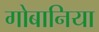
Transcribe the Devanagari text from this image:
गोबानिया